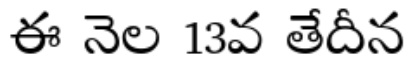
ఈ నెల 13వ తేదీన